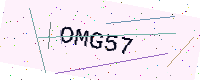
Text: OMG57